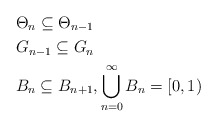
\begin{align*}&\Theta_{n} \subseteq \Theta_{n-1} \\&G_{n-1} \subseteq G_n \\&B_n \subseteq B_{n+1}, \bigcup \limits_{n = 0}^\infty B_n = [0,1)\end{align*}